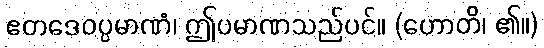
ဧတဒေဝပ္ပမာဏံ၊ ဤပမာဏသည်ပင်။ (ဟောတိ၊ ၏။)